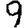
Digit: 9